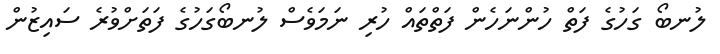
ލުނބޯ ގަހުގެ ފަތް ހުންނަހެން ފަތްތައް ހުރި ނަމަވެސް ލުނބޯގަހުގެ ފަތަށްވުރެ ސައިޒުން